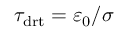
\tau _ { \mathrm { d r t } } = \varepsilon _ { 0 } / \sigma